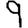
Digit: 9